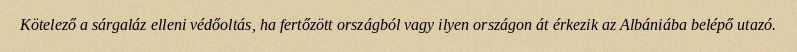
Kötelező a sárgaláz elleni védőoltás, ha fertőzött országból vagy ilyen országon át érkezik az Albániába belépő utazó.